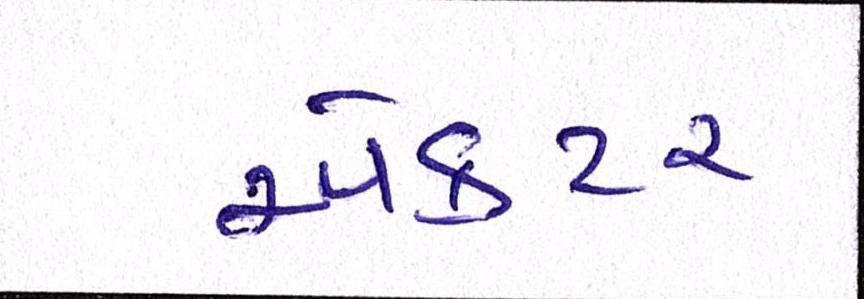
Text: ઍક્ટર